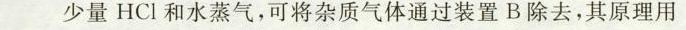
少量HCl和水蒸气，可将杂质气体通过装置B除去，其原理用